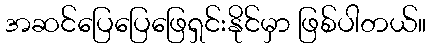
အဆင်ပြေပြေဖြေရှင်းနိုင်မှာ ဖြစ်ပါတယ်။